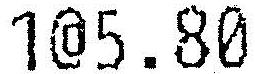
1@5.80